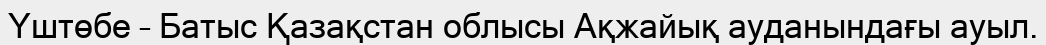
Үштөбе – Батыс Қазақстан облысы Ақжайық ауданындағы ауыл.